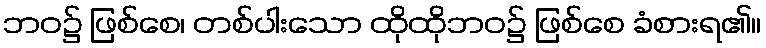
ဘဝ၌ ဖြစ်စေ၊ တစ်ပါးသော ထိုထိုဘဝ၌ ဖြစ်စေ ခံစားရ၏။